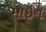
માઈન